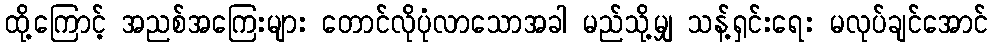
ထို့ကြောင့် အညစ်အကြေးများ တောင်လိုပုံလာသောအခါ မည်သို့မျှ သန့်ရှင်းရေး မလုပ်ချင်အောင်